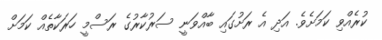
ކުރެއްވި ކަމަށެވެ. އަދި އެ ރަށުގައި ބާއްވަނީ ސަރުކާރުގެ ރަސްމީ ހަރަކާތެއް ކަމަށް